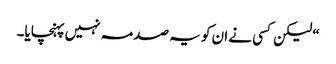
“ لیکن کسی نے ان کو یہ صدمہ نہیں پہنچایا۔